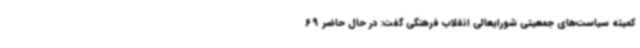
کمیته سیاست‌های جمعیتی شورایعالی انقلاب فرهنگی گفت: در حال حاضر 69